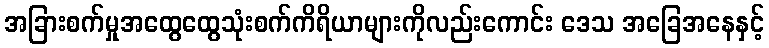
အခြားစက်မှုအထွေထွေသုံးစက်ကိရိယာများကိုလည်းကောင်း ဒေသ အခြေအနေနှင့်